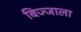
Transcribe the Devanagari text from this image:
बिज्जाला